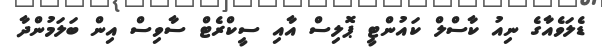
ޑެލަވެއާގެ ނިއު ކާސްލް ކައުންޓީ ޕޮލިސް އާއި ސީކްރެޓް ސާވިސް އިން ބަލަމުންދާ